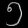
Digit: ၅